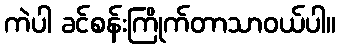
ကဲပါ ခင်စန်းကြိုက်တာသာဝယ်ပါ။